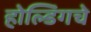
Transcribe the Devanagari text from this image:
होल्डिंगचे